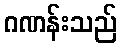
ဂဏန်းသည်